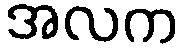
အလက